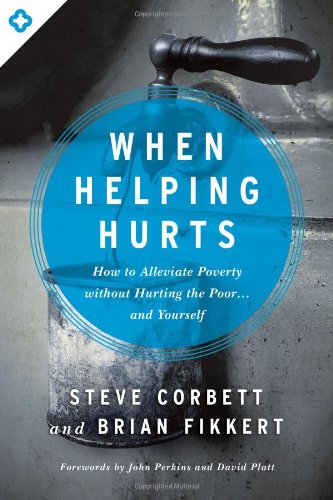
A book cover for When Helping Hurts: How to Alleviate Poverty Without Hurting the Poor . . . and Yourself; Steve Corbett; Politics & Social Sciences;